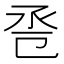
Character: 卺